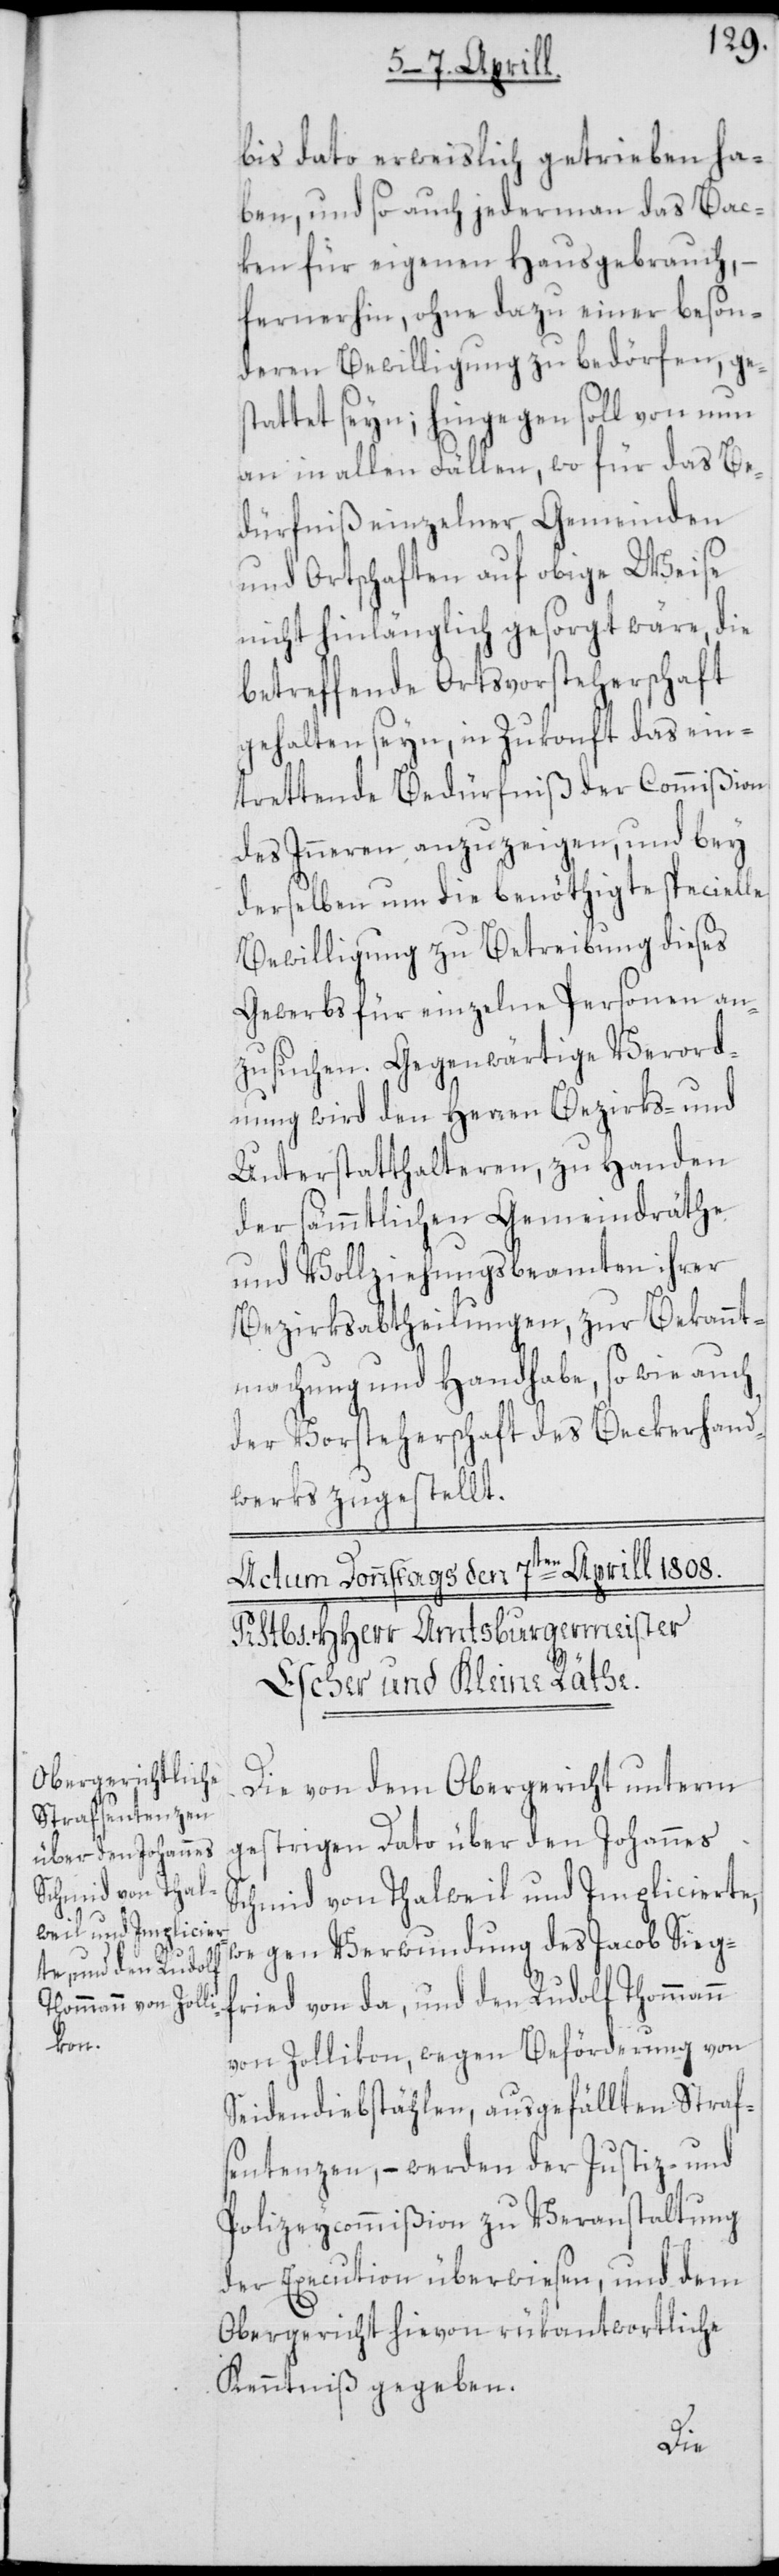
bis dato erweislich getrieben ha¬
ben, und so auch jedermann das Bac¬
ken für eigenen Hausgebrauch, –
fernerhin, ohne dazu einer beson¬
deren Bewilligung zu bedörfen, ge¬
stattet seyn; hingegen soll von nun
an in allen Fällen, wo für das Be¬
dürfniß einzelner Gemeinden
und Ortschaften auf obige Weise
nicht hinlänglich gesorgt wäre, die
betreffende Ortsvorsteherschaft
gehalten seyn, in Zukonft das ein¬
trettende Bedürfniß der Commißion
des Inneren anzuzeigen, und bey
derselben um die benöthigte specielle
Bewilligung zu Betreibung dieses
Gewerbs für einzelne Personen an¬
zusuchen. Gegenwärtige Verord¬
nung wird den Herren Bezirks- und
Unterstatthalteren, zu Handen
der sämmtlichen Gemeindräthe
und Vollziehungsbeamten ihrer
Bezirksabtheilungen, zur Bekannt¬
machung und Handhabe, so wie auch
der Vorsteherschaft des Beckerhand¬
werks zugestellt.
Die von dem Obergericht unterm
gestrigen Dato über den Johannes
Schmid von Thalweil und Implicierte,
wegen Verwundung des Jacob Siegf¬
ried von da, und den Rudolf Thommann
von Zollikon, wegen Beförderung von
Seidendiebstählen, ausgefällten Straf¬
sentenzen, – werden der Justiz- und
Polizeycommißion zu Veranstaltung
der Execution überwiesen, und dem
Obergericht hievon rükantwortliche
Kenntniß gegeben.